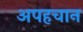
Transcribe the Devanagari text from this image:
अपहचान